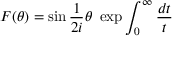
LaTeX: F ( \theta ) = \sin \frac { 1 } { 2 i } \theta \, \, \exp \int _ { 0 } ^ { \infty } \frac { d t } { t }